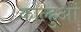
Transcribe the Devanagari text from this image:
कोल्हुओं